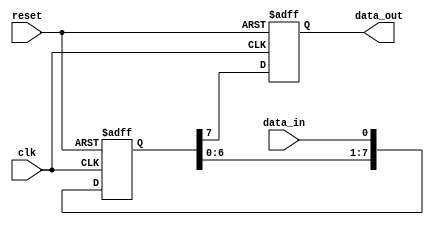
module SISO_shift_register (
  input wire clk,
  input wire reset,
  input wire data_in,
  output reg data_out
);

reg [7:0] shift_reg;

always @ (posedge clk or posedge reset) begin
  if (reset) begin
    shift_reg <= 8'b00000000;
    data_out <= 1'b0;
  end else begin
    shift_reg <= {shift_reg[6:0], data_in};
    data_out <= shift_reg[7];
  end
end

endmodule